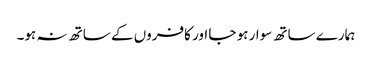
ہمارے ساتھ سوار ہو جا اور کافروں کے ساتھ نہ ہو۔